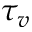
\tau _ { v }